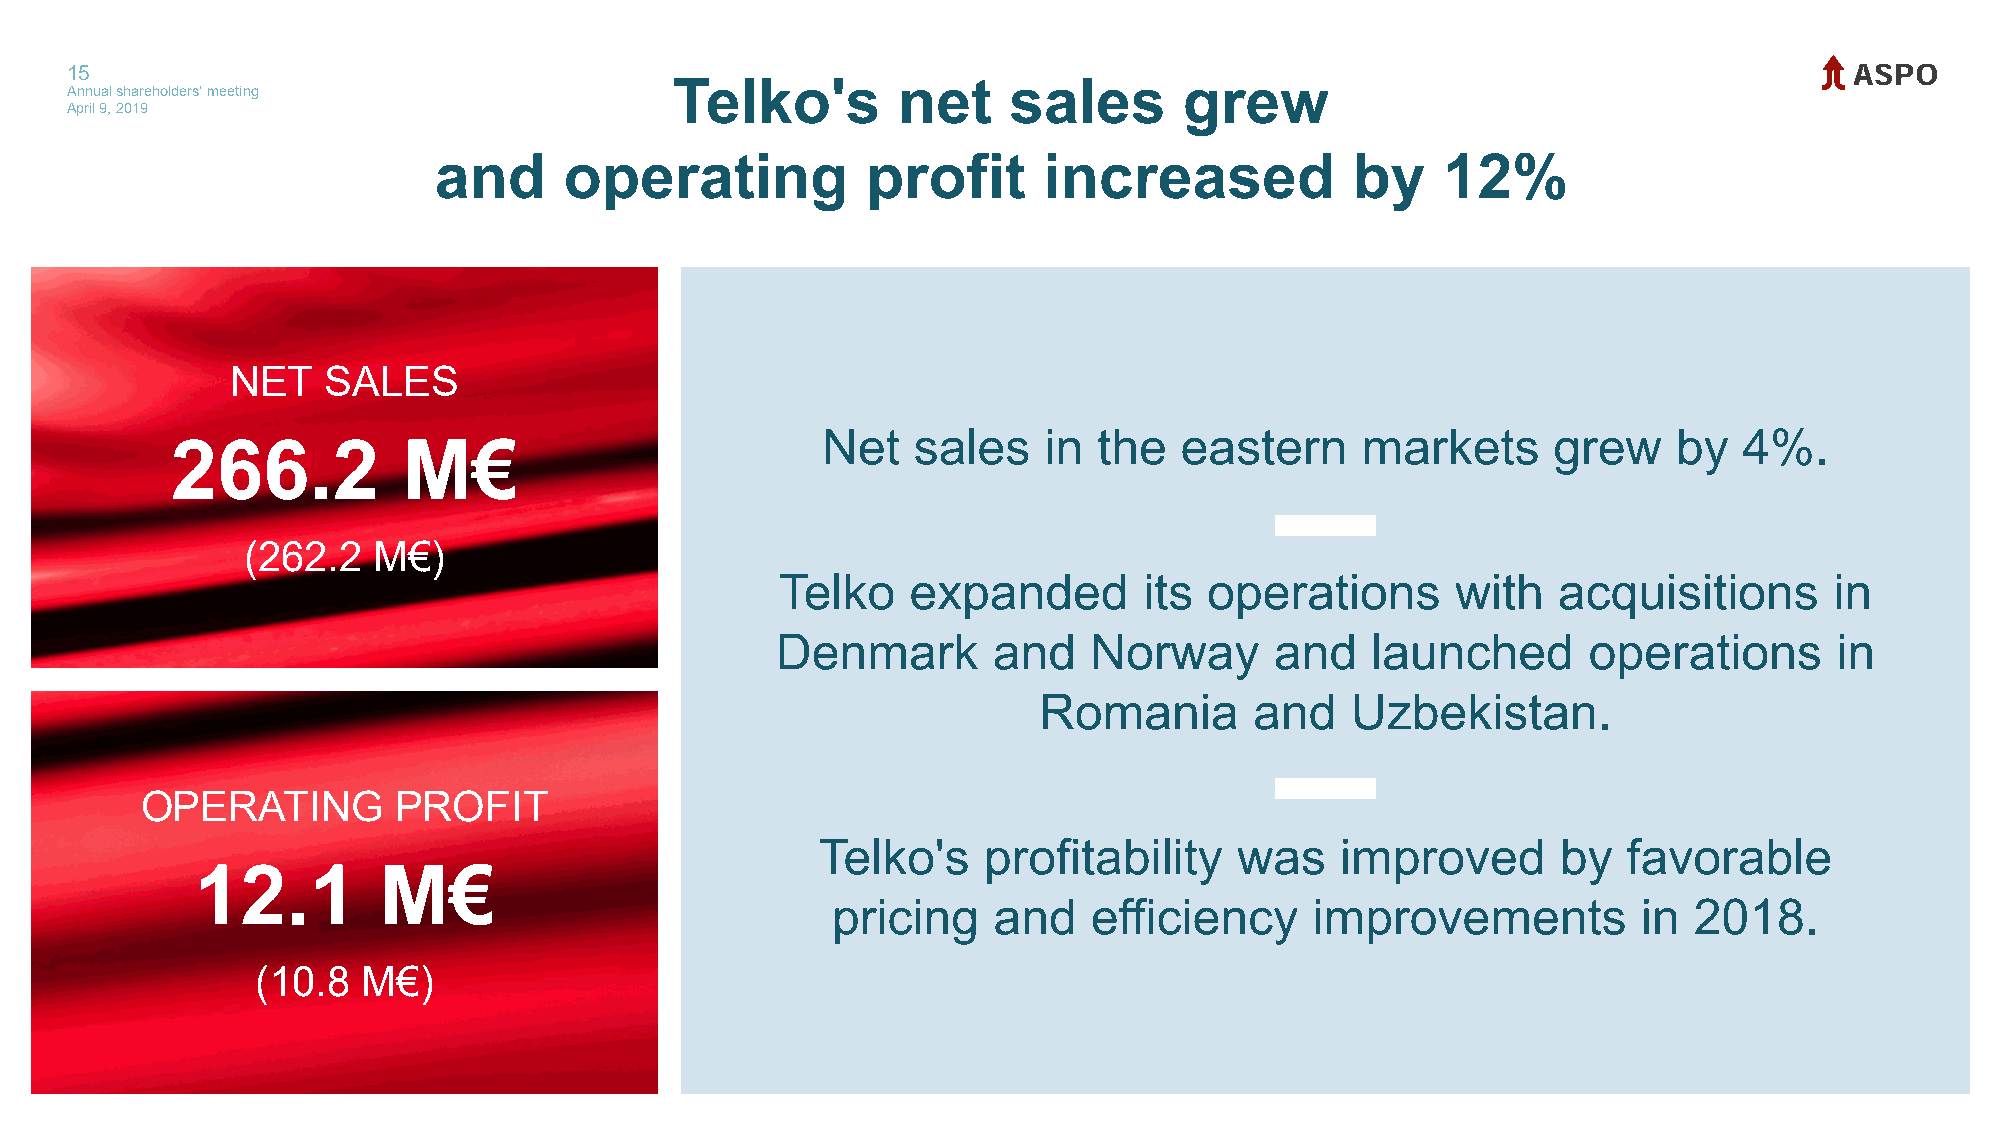
15
 Annual shareholders' meeting            Telko's        net     sales      grew
 April 9, 2019
 and     operating           profit      increased           by    12%
 NET   SALES
 Net   sales    in  the  eastern     markets      grew    by  4%.
 266.2           M€
 (262.2   M€)
 Telko   expanded        its operations      with   acquisitions      in
 Denmark        and   Norway      and    launched      operations       in
 Romania       and   Uzbekistan.
 OPERATING        PROFIT
 Telko's    profitability    was    improved      by   favorable
 12.1        M€
 pricing    and   efficiency     improvements          in 2018.
 (10.8  M€)